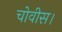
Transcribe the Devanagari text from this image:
चोवीस।